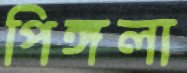
পিঙ্গলা